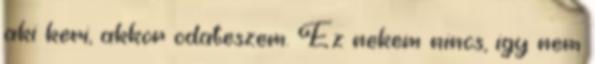
aki keri, akkor odateszem. Ez nekem nincs, igy nem